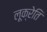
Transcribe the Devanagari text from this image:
लूक्रेति